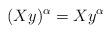
LaTeX: \begin{align*}(Xy)^\alpha=Xy^\alpha\end{align*}